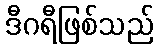
ဒီဂရီဖြစ်သည်